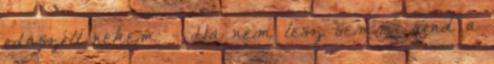
odaszólt nekem. - Ha nem lesz semmi gond a